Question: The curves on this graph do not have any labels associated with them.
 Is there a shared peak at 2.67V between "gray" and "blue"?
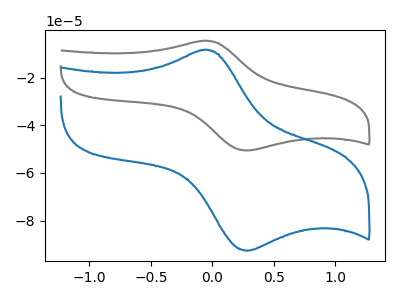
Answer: <think>The gray curve "gray" has an anodic peak at (-0.05V, -4.60uA) and a cathodic peak at (0.30V, -50.60uA). The blue curve "blue" has an anodic peak at (-0.05V, -8.40uA) and a cathodic peak at (0.30V, -92.65uA).</think>
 <answer>No, "gray" and "blue" dont share a peak at 2.67V.</answer>
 <eval>mismatch</eval>